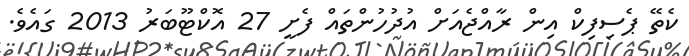
ކެތޭ ޕެސިފިކް އިން ރާއްޖެއަށް އުދުހުންތައް ފެށީ 27 އޮކްޓޫބަރު 2013 ގައެވެ.